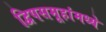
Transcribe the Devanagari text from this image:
द्विपसमूहांमध्ये